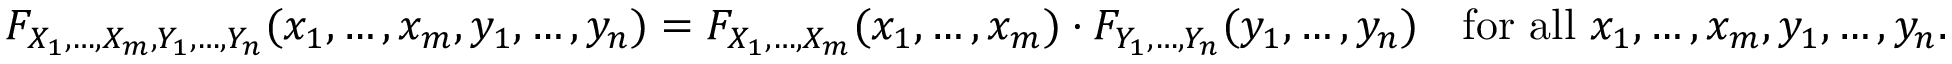
F _ { X _ { 1 } , \ldots , X _ { m } , Y _ { 1 } , \ldots , Y _ { n } } ( x _ { 1 } , \ldots , x _ { m } , y _ { 1 } , \ldots , y _ { n } ) = F _ { X _ { 1 } , \ldots , X _ { m } } ( x _ { 1 } , \ldots , x _ { m } ) \cdot F _ { Y _ { 1 } , \ldots , Y _ { n } } ( y _ { 1 } , \ldots , y _ { n } ) \quad { \mathrm { f o r ~ a l l ~ } } x _ { 1 } , \ldots , x _ { m } , y _ { 1 } , \ldots , y _ { n } .